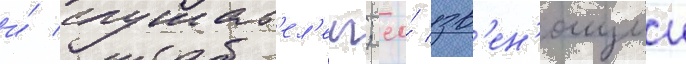
и́ слушат'ел'еи; ео́ зв'ен'ящии